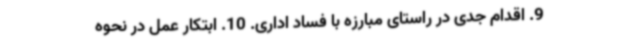
9. اقدام جدی در راستای مبارزه با فساد اداری. 10. ابتکار عمل در نحوه